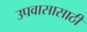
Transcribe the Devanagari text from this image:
उपवासासाठी